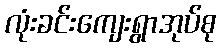
လုံးခင်းကျေးရွာအုပ်စု